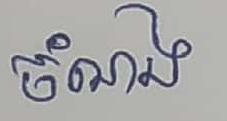
ចំណង